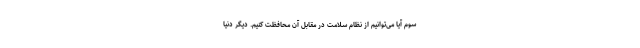
سوم آیا می‌توانیم از نظام سلامت در مقابل آن محافظت کنیم. دیگر دنیا